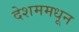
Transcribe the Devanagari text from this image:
देशममधून